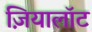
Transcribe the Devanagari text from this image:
ज़ियालॉट